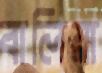
বালিয়া